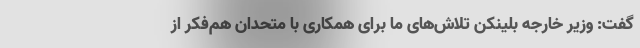
گفت: وزیر خارجه بلینکن تلاش‌های ما برای همکاری با متحدان هم‌فکر از